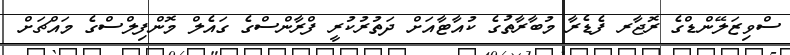
ސްވިޒަލޭންޑްގެ ރޮޖާރ ފެޑެރާ މުބާރާތުގެ ކުއާޓާއަށް ދަތުރުކުރީ ފްރާންސްގެ ގައެލް މޮންފިލްސްގެ މައްޗަށް